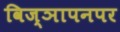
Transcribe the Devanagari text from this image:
विज्ञापनपर